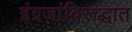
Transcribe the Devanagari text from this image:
इंग्रजांविरूद्धात